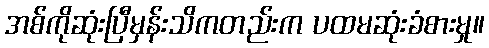
အစ်ကိုဆုံးပြီမှန်းသိကတည်းက ပထမဆုံးခံစားမှု။